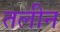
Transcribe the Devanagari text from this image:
तलीन